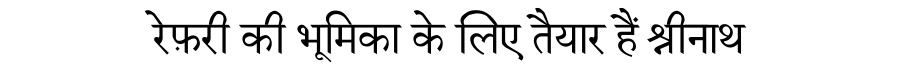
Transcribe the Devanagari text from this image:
रेफ़री की भूमिका के लिए तैयार हैं श्रीनाथ